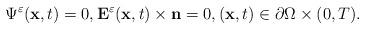
LaTeX: \begin{align*}{\displaystyle \Psi^\varepsilon(\mathbf{x},t)=0,\mathbf{E}^{\varepsilon}(\mathbf{x},t)\times\mathbf{n}=0, (\mathbf{x},t)\in\partial \Omega\times(0,T).}\end{align*}